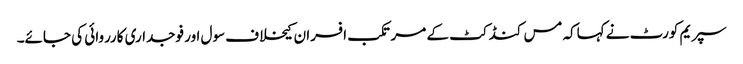
سپریم کورٹ نے کہاکہ مس کنڈکٹ کے مرتکب افسران کیخلاف سول اور فوجداری کارروائی کی جائے۔